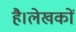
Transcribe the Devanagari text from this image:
है।लेखकों